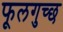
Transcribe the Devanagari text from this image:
फूलगुच्छ